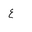
Letter: _ayn